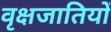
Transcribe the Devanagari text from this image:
वृक्षजातियों